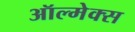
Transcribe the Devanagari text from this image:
ऑल्मेक्स